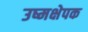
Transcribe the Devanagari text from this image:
उष्मक्षेपक